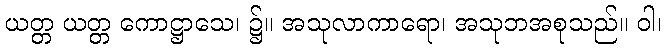
ယတ္တ ယတ္တ ကောဋ္ဌာသေ၊ ၌။ အသုလာကာရော၊ အသုဘအစုသည်။ ဝါ၊